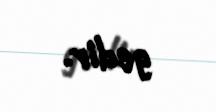
gedir.